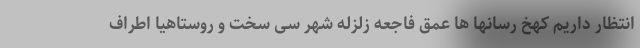
انتظار داریم کهخ رسانها ها عمق فاجعه زلزله شهر سی سخت و روستاهیا اطراف